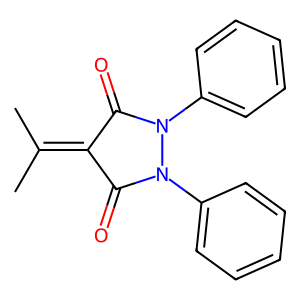
SMILES: CC(C)=C1C(=O)N(c2ccccc2)N(c2ccccc2)C1=O
Inhibits HIV replication: No